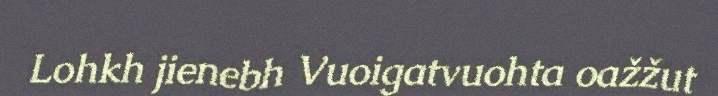
Lohkh jienebh Vuoigatvuohta oažžut